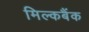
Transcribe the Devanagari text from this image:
मिल्कबैंक